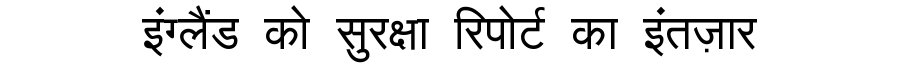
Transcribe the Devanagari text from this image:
इंग्लैंड को सुरक्षा रिपोर्ट का इंतज़ार